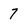
Character: 7